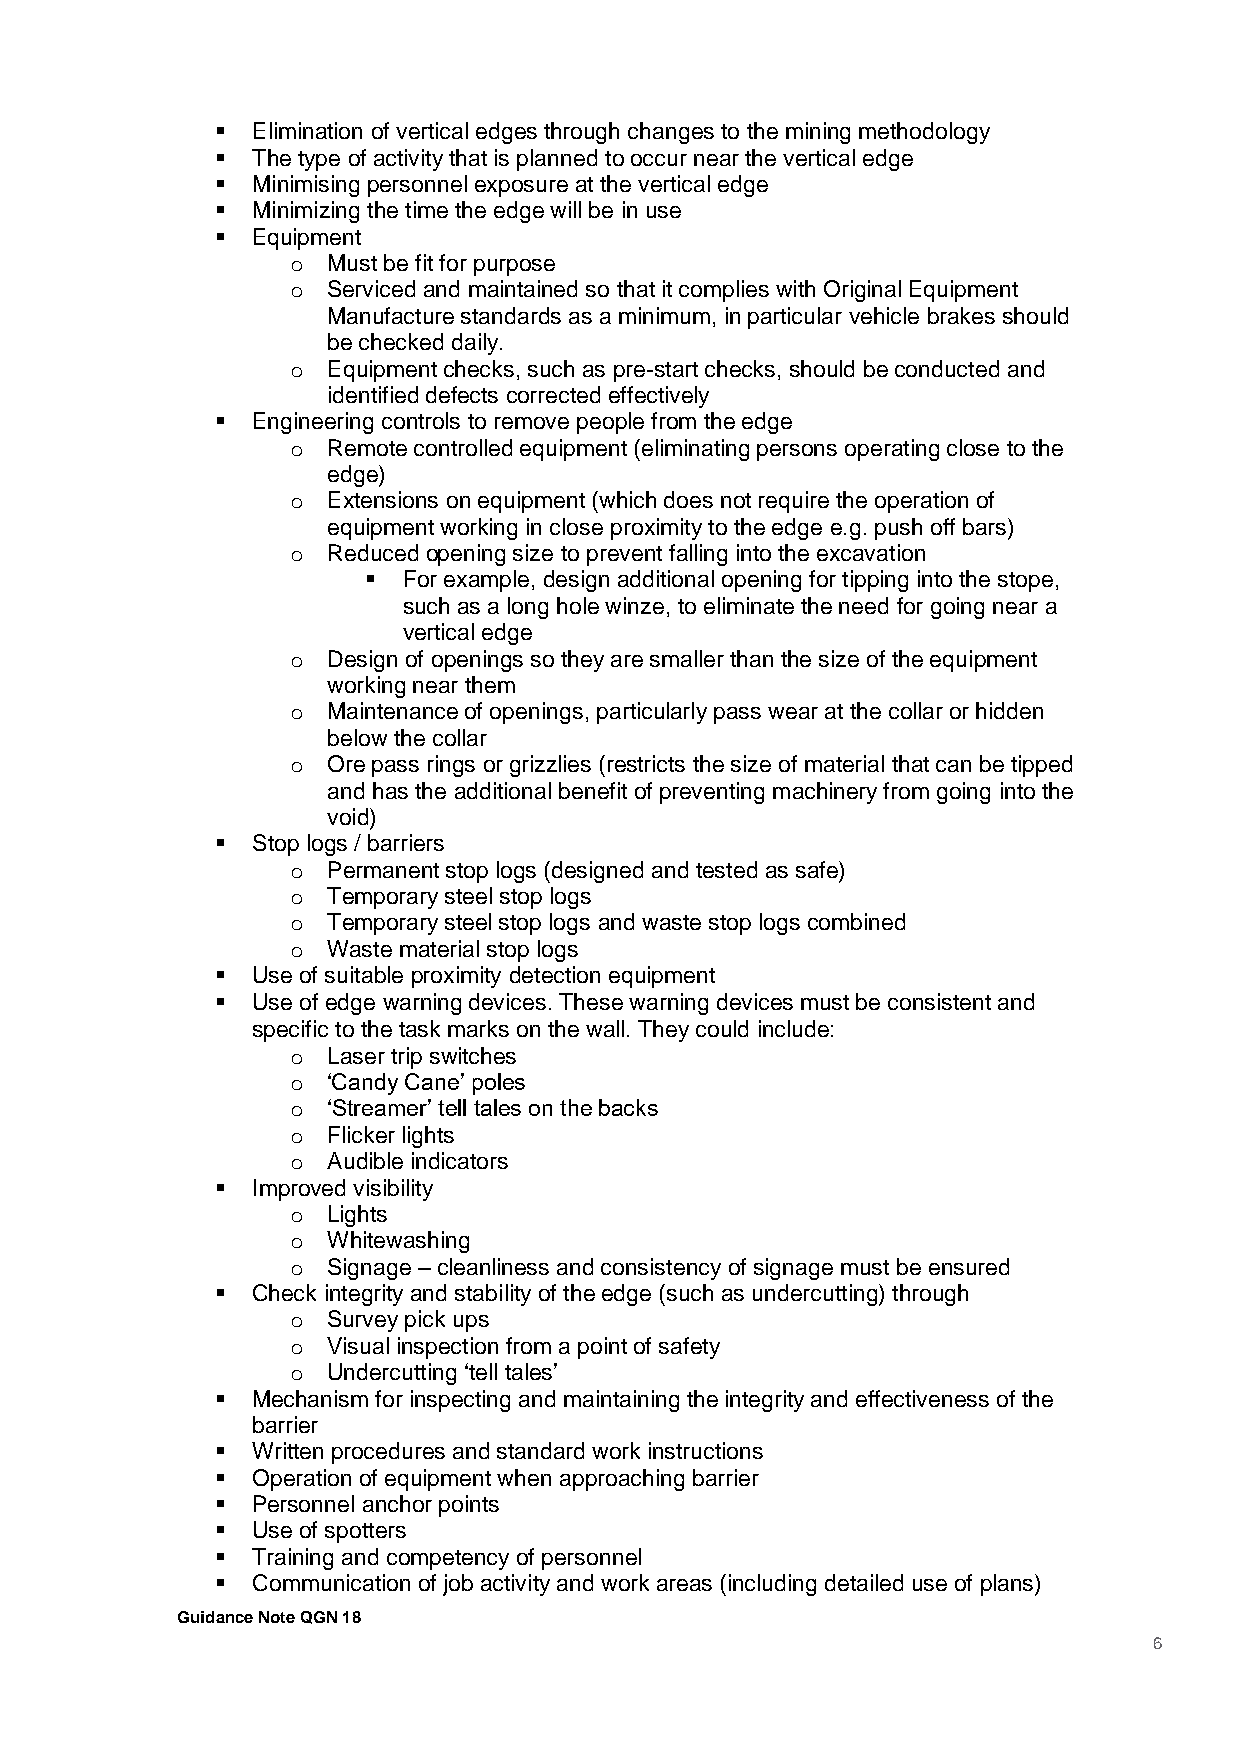
  Elimination of vertical edges through changes to the mining methodology
   The type of activity that is planned to occur near the vertical edge
   Minimising personnel exposure at the vertical edge
   Minimizing the time the edge will be in use
   Equipment
 o  Must be fit for purpose
 o  Serviced and maintained so that it complies with Original Equipment
 Manufacture standards as a minimum, in particular vehicle brakes should
 be checked daily.
 o  Equipment checks, such as pre-start checks, should be conducted and
 identified defects corrected effectively
   Engineering controls to remove people from the edge
 o  Remote controlled equipment (eliminating persons operating close to the
 edge)
 o  Extensions on equipment (which does not require the operation of
 equipment working in close proximity to the edge e.g. push off bars)
 o  Reduced opening size to prevent falling into the excavation
   For example, design additional opening for tipping into the stope,
 such as a long hole winze, to eliminate the need for going near a
 vertical edge
 o  Design of openings so they are smaller than the size of the equipment
 working near them
 o  Maintenance of openings, particularly pass wear at the collar or hidden
 below the collar
 o  Ore pass rings or grizzlies (restricts the size of material that can be tipped
 and has the additional benefit of preventing machinery from going into the
 void)
   Stop logs / barriers
 o  Permanent stop logs (designed and tested as safe)
 o  Temporary steel stop logs
 o  Temporary steel stop logs and waste stop logs combined
 o  Waste material stop logs
   Use of suitable proximity detection equipment
   Use of edge warning devices. These warning devices must be consistent and
 specific to the task marks on the wall. They could include:
 o  Laser trip switches
 o  ‘Candy Cane’ poles
 o  ‘Streamer’ tell tales on the backs
 o  Flicker lights
 o  Audible indicators
   Improved visibility
 o  Lights
 o  Whitewashing
 o  Signage – cleanliness and consistency of signage must be ensured
   Check integrity and stability of the edge (such as undercutting) through
 o  Survey pick ups
 o  Visual inspection from a point of safety
 o  Undercutting ‘tell tales’
   Mechanism for inspecting and maintaining the integrity and effectiveness of the
 barrier
   Written procedures and standard work instructions
   Operation of equipment when approaching barrier
   Personnel anchor points
   Use of spotters
   Training and competency of personnel
   Communication of job activity and work areas (including detailed use of plans)
 Guidance Note QGN 18
 6